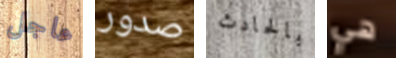
عاجل صدور بالحادث هي